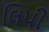
લિપી